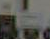
M